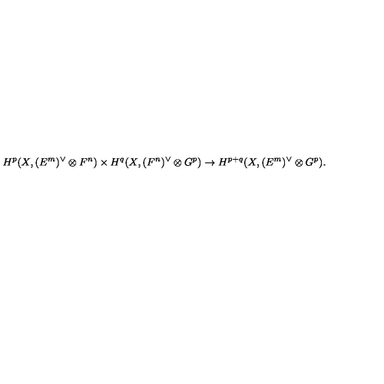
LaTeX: H ^ { p } ( X , ( E ^ { m } ) ^ { \vee } \otimes F ^ { n } ) \times H ^ { q } ( X , ( F ^ { n } ) ^ { \vee } \otimes G ^ { p } ) \to H ^ { p + q } ( X , ( E ^ { m } ) ^ { \vee } \otimes G ^ { p } ) .